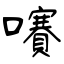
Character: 㘔